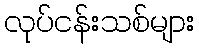
လုပ်ငန်းသစ်များ